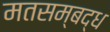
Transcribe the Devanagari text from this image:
मतसम्बद्ध